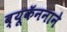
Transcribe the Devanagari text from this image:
ब्यूकॅननाने